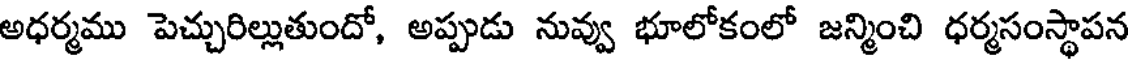
అధర్మము పెచ్చురిల్లుతుందో, అప్పుడు నువ్వు భూలోకంలో జన్మించి ధర్మసంస్థాపన